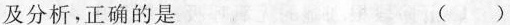
及分析，正确的是 ( )